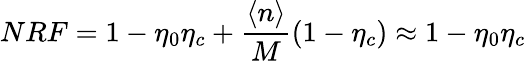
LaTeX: NRF=1-\eta_{0}\eta_{c}+\frac{\langle n\rangle}{M}(1-\eta_{c})\approx 1-\eta_{0}\eta_{c}